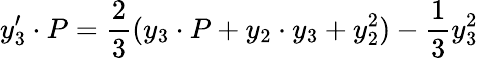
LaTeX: y_{3}^{\prime}\cdot P={\frac{2}{3}}(y_{3}\cdot P+y_{2}\cdot y_{3}+y_{2}^{2})-{\frac{1}{3}}y_{3}^{2}